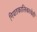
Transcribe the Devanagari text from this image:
नियतकालिकाचेही